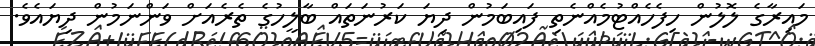
މައިރާގެ ލޮލުން ހިފެހެއްޓުމެއްނެތި ފައިބަމުން ދިޔަ ކަރުނަތައް ބާލީހުގެ ތެރެއަށް ވަންނަމުން ދިޔައެވެ.